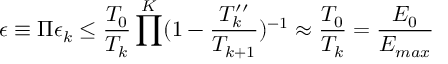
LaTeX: \epsilon \equiv \Pi \epsilon _ { k } \leq \frac { T _ { 0 } } { T _ { k } } \prod ^ { K } ( 1 - \frac { T _ { k } ^ { \prime \prime } } { T _ { k + 1 } } ) ^ { - 1 } \approx \frac { T _ { 0 } } { T _ { k } } = \frac { E _ { 0 } } { E _ { m a x } }